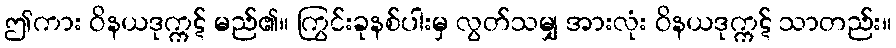
ဤကား ဝိနယဒုက္ကဋ် မည်၏။ ကြွင်းခုနစ်ပါးမှ လွတ်သမျှ အားလုံး ဝိနယဒုက္ကဋ် သာတည်း။